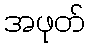
အဖုတ်